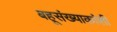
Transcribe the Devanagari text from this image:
बहूसंख्याकांशी